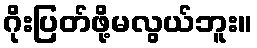
ဂိုးပြတ်ဖို့မလွယ်ဘူး။